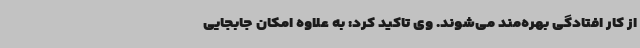
از کار افتادگی بهره‌مند می‌شوند. وی تاکید کرد: به علاوه امکان جابجایی